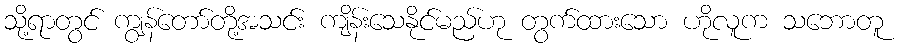
သို့ရာတွင် ကျွန်တော်တို့အသင်း ကျိန်းသေနိုင်မည်ဟု တွက်ထားသော ဟိုလူက သဘောတူ